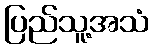
ပြည်သူ့အသံ